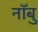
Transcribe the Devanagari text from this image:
नॉबु